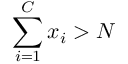
\sum _ { i = 1 } ^ { C } x _ { i } > N